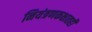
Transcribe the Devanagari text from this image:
नियंत्रणकक्षातही